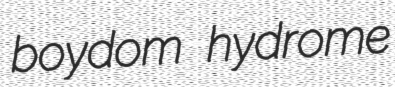
boydom hydrome